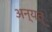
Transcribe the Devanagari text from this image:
अन्यत्